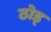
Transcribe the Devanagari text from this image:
ठोड्